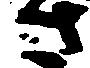
さ